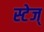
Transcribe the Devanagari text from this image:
स्टेज्